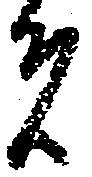
者